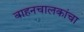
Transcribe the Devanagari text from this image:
वाहनचालकांचा